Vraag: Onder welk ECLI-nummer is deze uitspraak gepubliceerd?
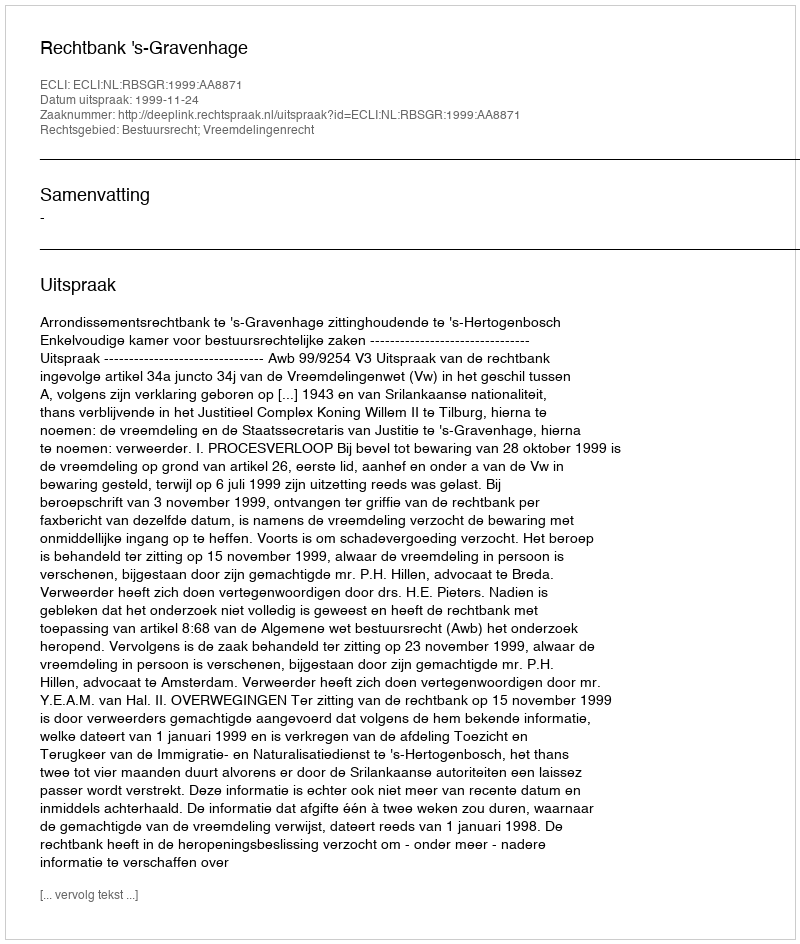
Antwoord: ECLI:NL:RBSGR:1999:AA8871